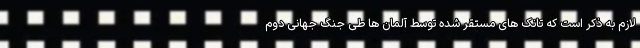
لازم به ذکر است که تانک های مستقر شده توسط آلمان ها طی جنگ جهانی دوم